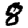
Digit: 8